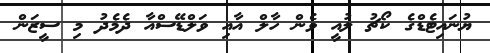
ޔުނައިޓެޑްގެ ކޯޗު ލުއީ ވެން ހާލް އާއި ވަލްޑޭސްއާ ދެމެދު މި ސީޒަން